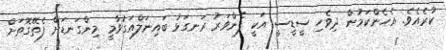
ކުރެއެވެ. އެހެންކަމުން ދިވެހި ސީޑީސީ އަކީ ފެންވަރު ރަނގަޅު ބައިނަލްއަގުވާމީ މިންގަނޑަށް ފެތޭގޮތަށް